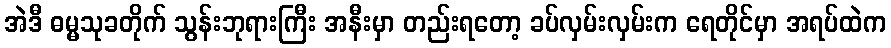
အဲဒီ ဓမ္မသုခတိုက် သွန်းဘုရားကြီး အနီးမှာ တည်းရတော့ ခပ်လှမ်းလှမ်းက ရေတိုင်မှာ အရပ်ထဲက